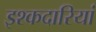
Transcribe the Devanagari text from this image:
इश्कदारियां